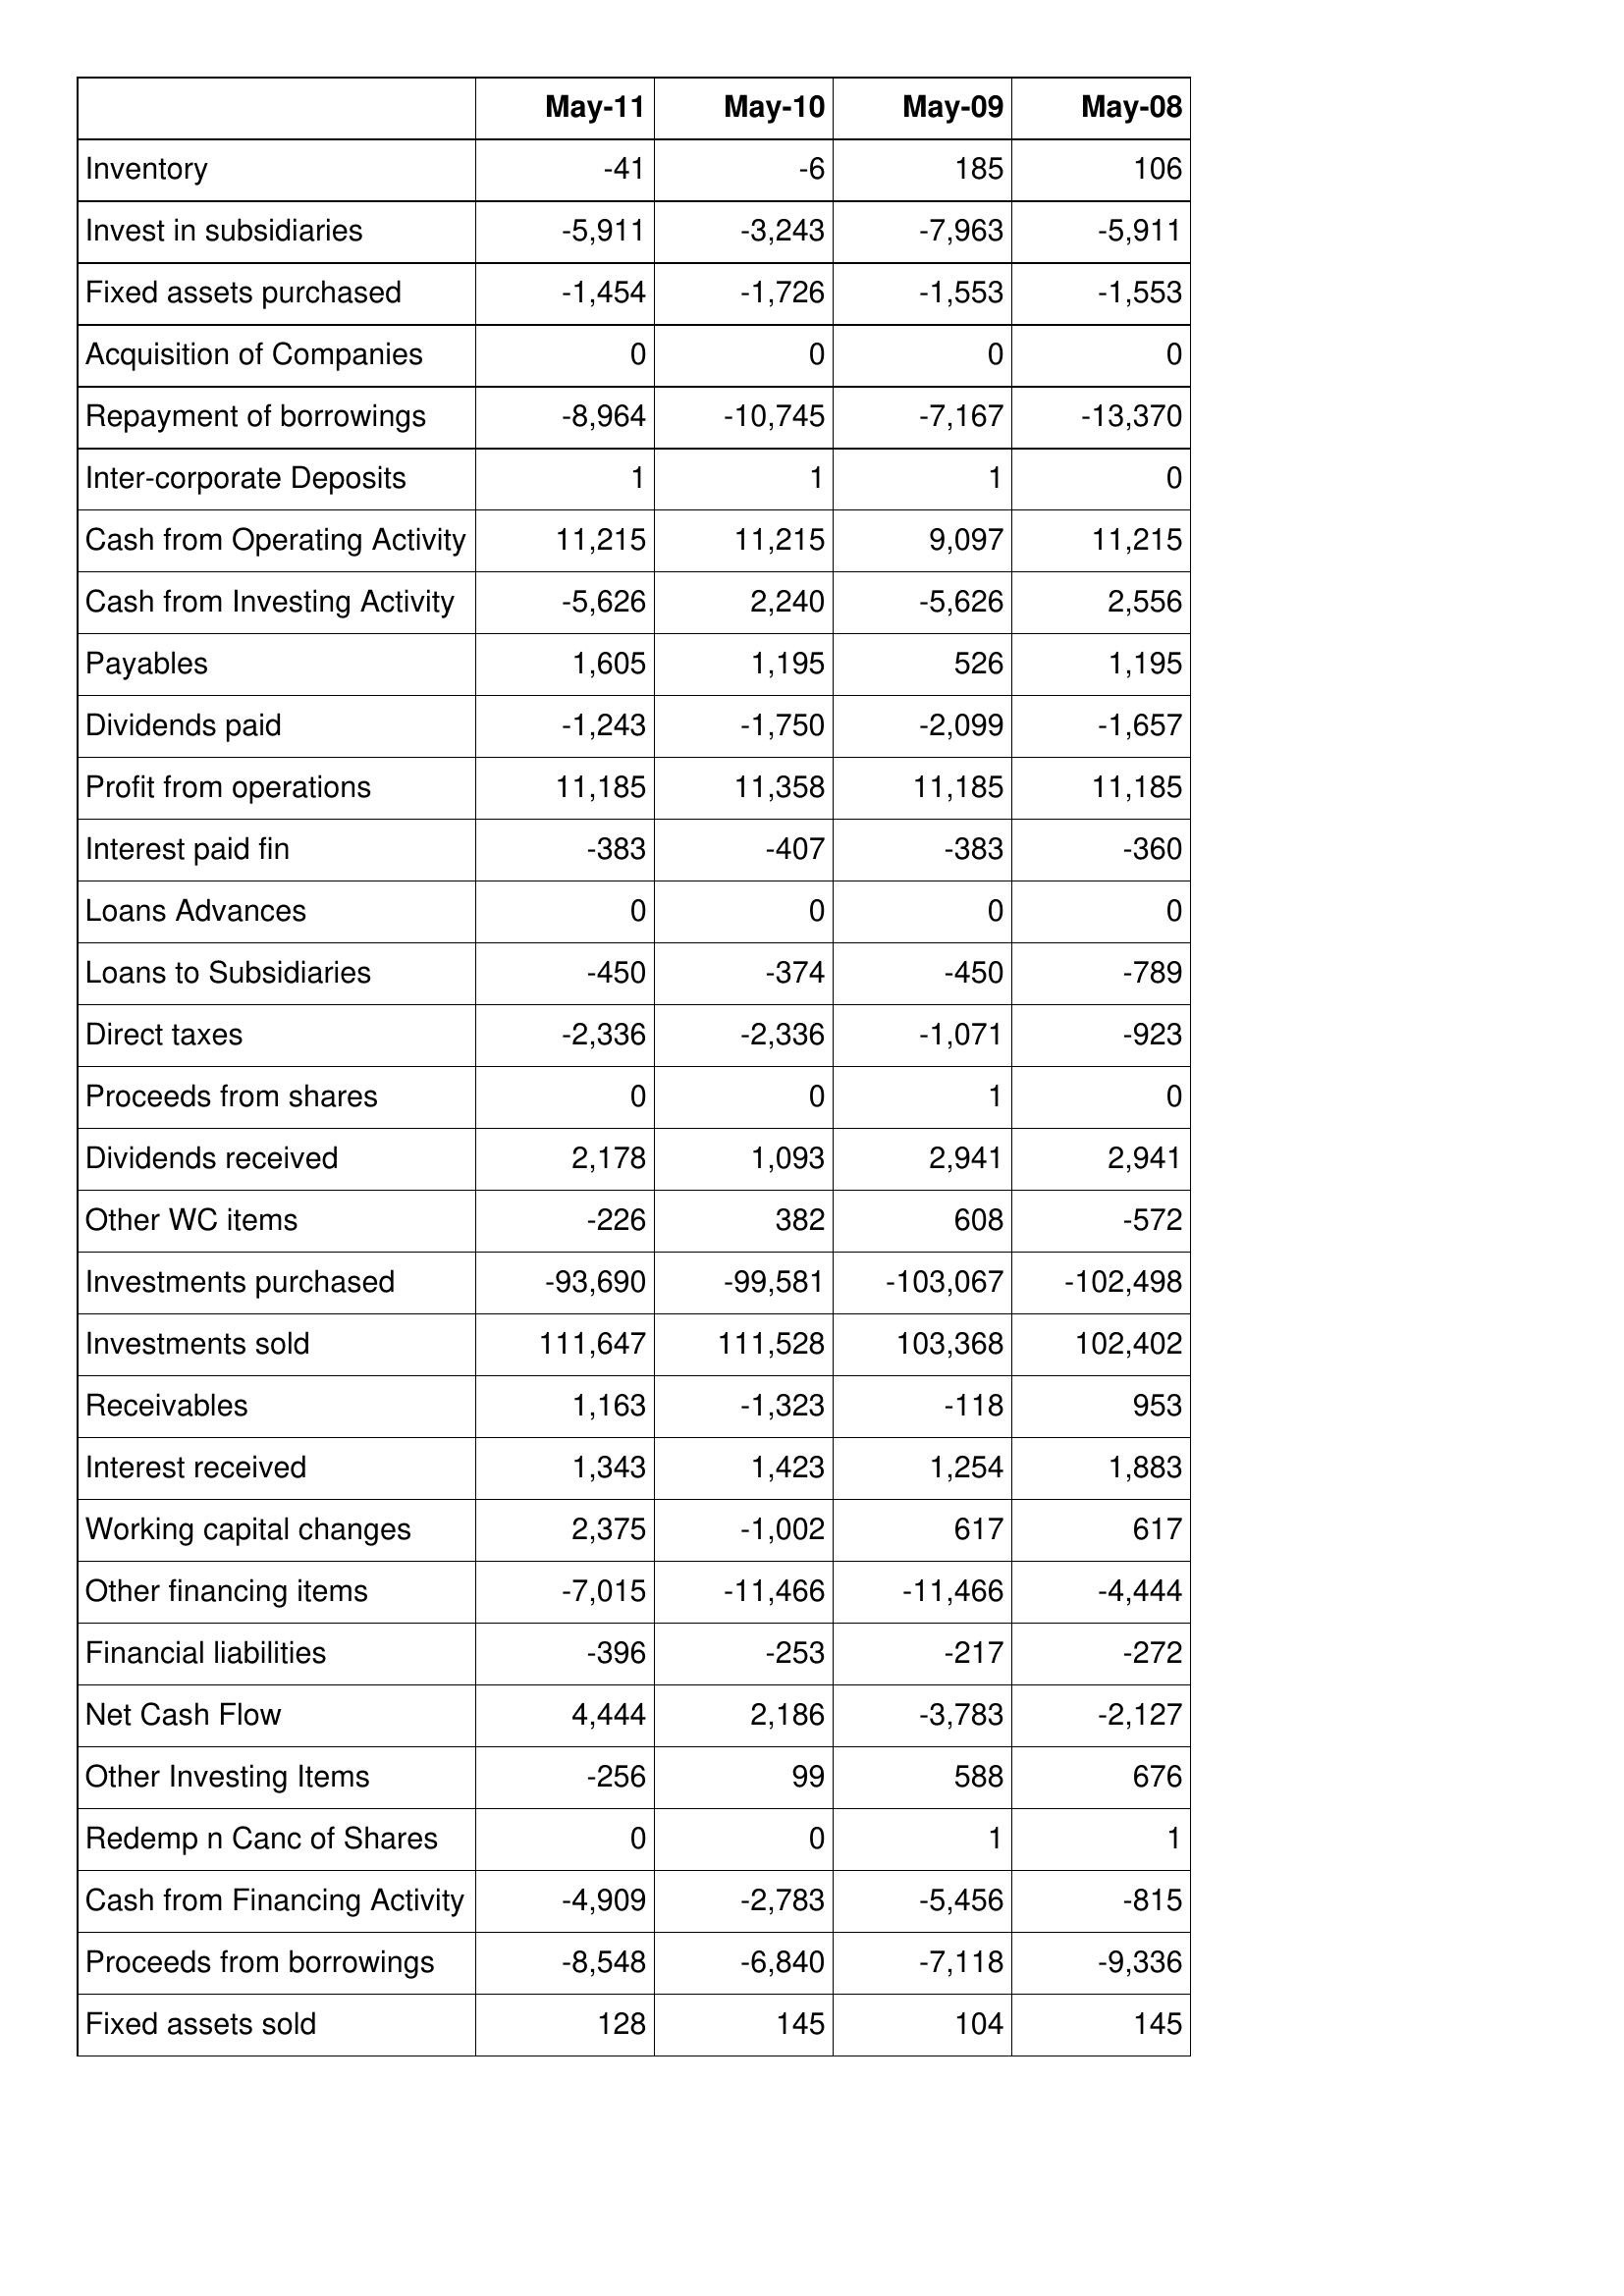
May-11: Cash Flows: Inventory: -41
Invest in subsidiaries: -5,911
Fixed assets purchased: -1,454
Acquisition of Companies: 0
Repayment of borrowings: -8,964
Inter-corporate Deposits: 1
Cash from Operating Activity: 11,215
Cash from Investing Activity: -5,626
Payables: 1,605
Dividends paid: -1,243
Profit from operations: 11,185
Interest paid fin: -383
Loans Advances: 0
Loans to Subsidiaries: -450
Direct taxes: -2,336
Proceeds from shares: 0
Dividends received: 2,178
Other WC items: -226
Investments purchased: -93,690
Investments sold: 111,647
Receivables: 1,163
Interest received: 1,343
Working capital changes: 2,375
Other financing items: -7,015
Financial liabilities: -396
Net Cash Flow: 4,444
Other Investing Items: -256
Redemp n Canc of Shares: 0
Cash from Financing Activity: -4,909
Proceeds from borrowings: -8,548
Fixed assets sold: 128
May-10: Cash Flows: Inventory: -6
Invest in subsidiaries: -3,243
Fixed assets purchased: -1,726
Acquisition of Companies: 0
Repayment of borrowings: -10,745
Inter-corporate Deposits: 1
Cash from Operating Activity: 11,215
Cash from Investing Activity: 2,240
Payables: 1,195
Dividends paid: -1,750
Profit from operations: 11,358
Interest paid fin: -407
Loans Advances: 0
Loans to Subsidiaries: -374
Direct taxes: -2,336
Proceeds from shares: 0
Dividends received: 1,093
Other WC items: 382
Investments purchased: -99,581
Investments sold: 111,528
Receivables: -1,323
Interest received: 1,423
Working capital changes: -1,002
Other financing items: -11,466
Financial liabilities: -253
Net Cash Flow: 2,186
Other Investing Items: 99
Redemp n Canc of Shares: 0
Cash from Financing Activity: -2,783
Proceeds from borrowings: -6,840
Fixed assets sold: 145
May-09: Cash Flows: Inventory: 185
Invest in subsidiaries: -7,963
Fixed assets purchased: -1,553
Acquisition of Companies: 0
Repayment of borrowings: -7,167
Inter-corporate Deposits: 1
Cash from Operating Activity: 9,097
Cash from Investing Activity: -5,626
Payables: 526
Dividends paid: -2,099
Profit from operations: 11,185
Interest paid fin: -383
Loans Advances: 0
Loans to Subsidiaries: -450
Direct taxes: -1,071
Proceeds from shares: 1
Dividends received: 2,941
Other WC items: 608
Investments purchased: -103,067
Investments sold: 103,368
Receivables: -118
Interest received: 1,254
Working capital changes: 617
Other financing items: -11,466
Financial liabilities: -217
Net Cash Flow: -3,783
Other Investing Items: 588
Redemp n Canc of Shares: 1
Cash from Financing Activity: -5,456
Proceeds from borrowings: -7,118
Fixed assets sold: 104
May-08: Cash Flows: Inventory: 106
Invest in subsidiaries: -5,911
Fixed assets purchased: -1,553
Acquisition of Companies: 0
Repayment of borrowings: -13,370
Inter-corporate Deposits: 0
Cash from Operating Activity: 11,215
Cash from Investing Activity: 2,556
Payables: 1,195
Dividends paid: -1,657
Profit from operations: 11,185
Interest paid fin: -360
Loans Advances: 0
Loans to Subsidiaries: -789
Direct taxes: -923
Proceeds from shares: 0
Dividends received: 2,941
Other WC items: -572
Investments purchased: -102,498
Investments sold: 102,402
Receivables: 953
Interest received: 1,883
Working capital changes: 617
Other financing items: -4,444
Financial liabilities: -272
Net Cash Flow: -2,127
Other Investing Items: 676
Redemp n Canc of Shares: 1
Cash from Financing Activity: -815
Proceeds from borrowings: -9,336
Fixed assets sold: 145